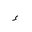
Letter: _hamza